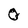
Character: 0